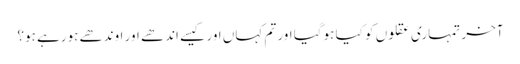
آخر تمہاری عقلوں کو کیا ہوگیا اور تم کہاں اور کیسے اندھے اور اوندھے ہورہے ہو؟